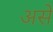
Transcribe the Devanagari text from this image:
असेे